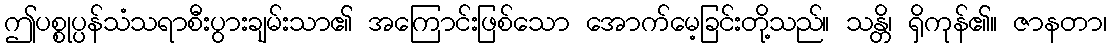
ဤပစ္စုပ္ပန်သံသရာစီးပွားချမ်းသာ၏ အကြောင်းဖြစ်သော အောက်မေ့ခြင်းတို့သည်။ သန္တိ၊ ရှိကုန်၏။ ဇာနတာ၊